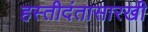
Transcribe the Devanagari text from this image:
हस्तीदंतासारखी